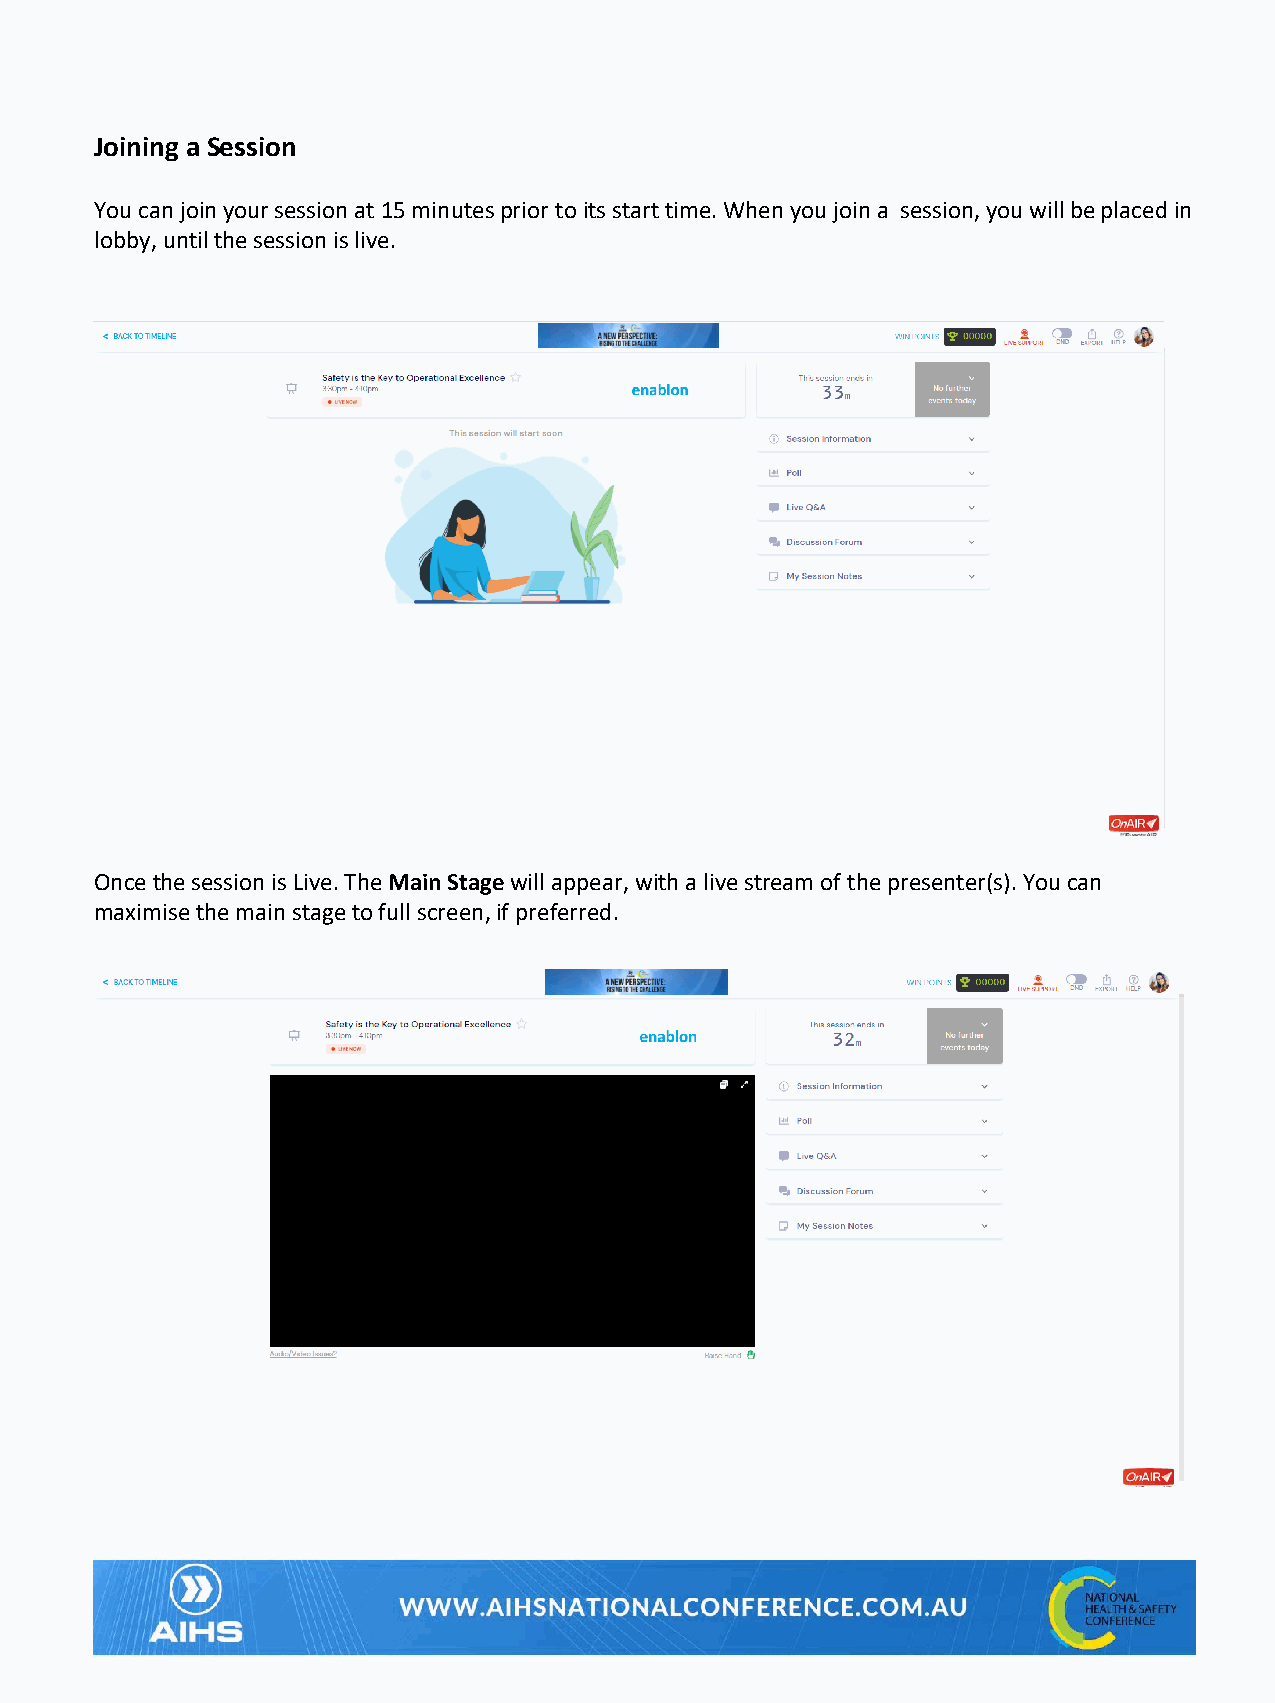
Joining a Session
 You can join your session at 15 minutes prior to its start time. When you join a session, you will be placed in
 lobby, until the session is live.
 Once the session is Live. The Main Stage will appear, with a live stream of the presenter(s). You can
 maximise the main stage to full screen, if preferred.